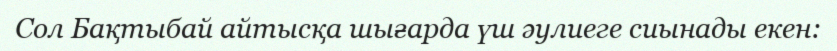
Сол Бақтыбай айтысқа шығарда үш әулиеге сиынады екен: